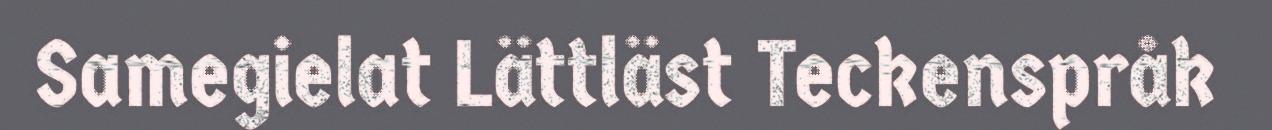
Samegielat Lättläst Teckenspråk